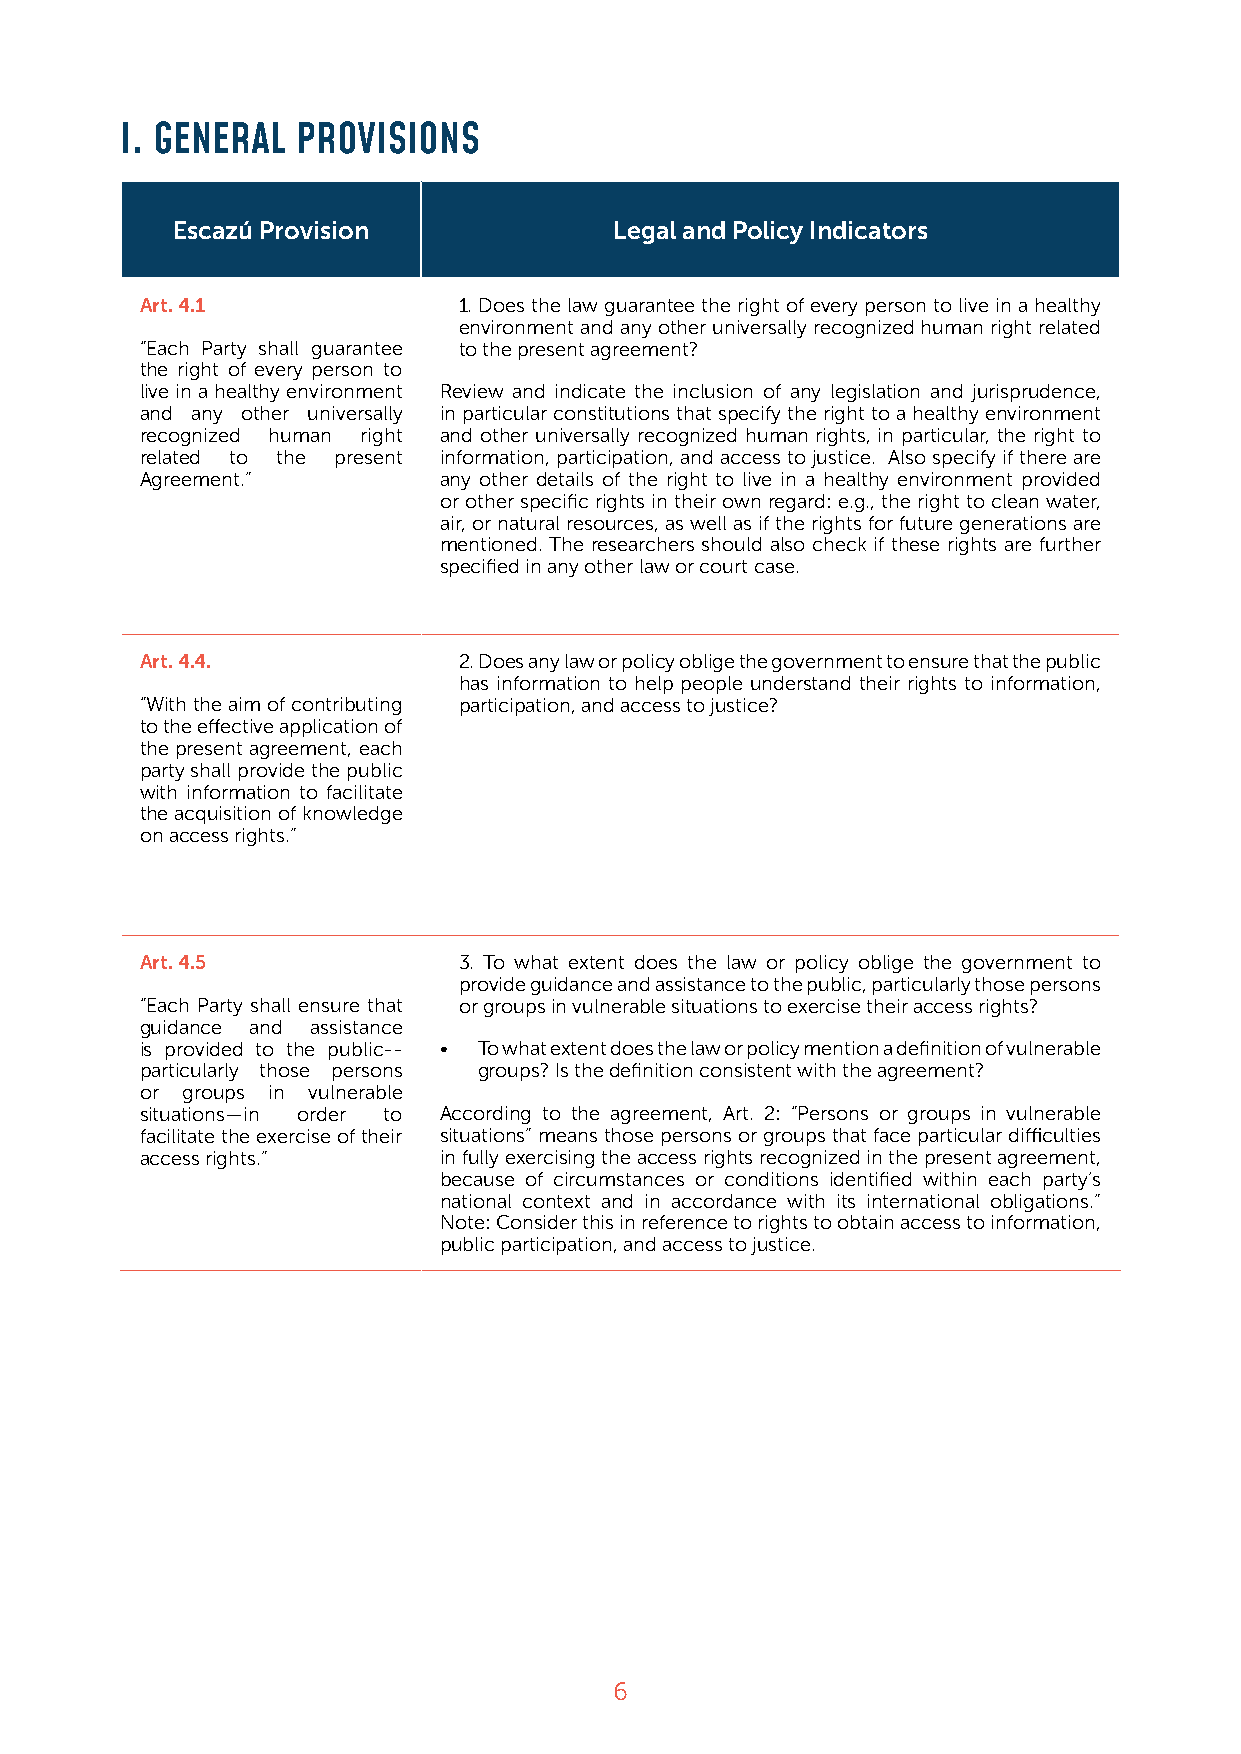
I. GENERAL  PROVISIONS
 Escazú Provision              Legal and Policy Indicators
 Art. 4.1             1. Does the law guarantee the right of every person to live in a healthy
 environment and any other universally recognized human right related
 “Each Party shall guarantee to the present agreement?
 the right of every person to
 live in a healthy environment Review and indicate the inclusion of any legislation and jurisprudence,
 and any other universally in particular constitutions that specify the right to a healthy environment
 recognized human right and other universally recognized human rights, in particular, the right to
 related to the present information, participation, and access to justice. Also specify if there are
 Agreement.”         any other details of the right to live in a healthy environment provided
 or other specific rights in their own regard: e.g., the right to clean water,
 air, or natural resources, as well as if the rights for future generations are
 mentioned. The researchers should also check if these rights are further
 specified in any other law or court case.
 Art. 4.4.            2. Does any law or policy oblige the government to ensure that the public
 has information to help people understand their rights to information,
 “With the aim of contributing participation, and access to justice?
 to the effective application of
 the present agreement, each
 party shall provide the public
 with information to facilitate
 the acquisition of knowledge
 on access rights.”
 Art. 4.5             3. To what extent does the law or policy oblige the government to
 provide guidance and assistance to the public, particularly those persons
 “Each Party shall ensure that or groups in vulnerable situations to exercise their access rights?
 guidance and assistance
 is provided to the public-- • To what extent does the law or policy mention a definition of vulnerable
 particularly those persons groups? Is the definition consistent with the agreement?
 or groups in vulnerable
 situations—in order to According to the agreement, Art. 2: “Persons or groups in vulnerable
 facilitate the exercise of their situations” means those persons or groups that face particular difficulties
 access rights.”     in fully exercising the access rights recognized in the present agreement,
 because of circumstances or conditions identified within each party’s
 national context and in accordance with its international obligations.”
 Note: Consider this in reference to rights to obtain access to information,
 public participation, and access to justice.
 6